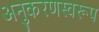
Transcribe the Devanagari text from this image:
अनुकरणस्वरूप